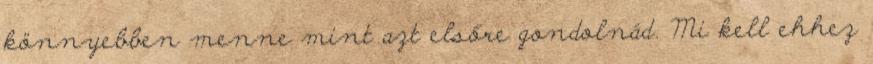
könnyebben menne mint azt elsőre gondolnád. Mi kell ehhez